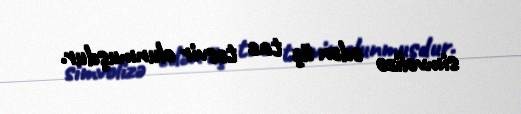
simvolizə edən üç tac təsvir olunmuşdur.